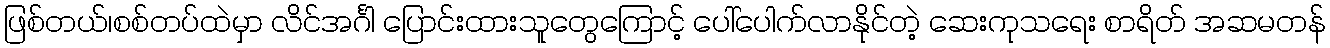
ဖြစ်တယ်၊စစ်တပ်ထဲမှာ လိင်အင်္ဂါ ပြောင်းထားသူတွေကြောင့် ပေါ်ပေါက်လာနိုင်တဲ့ ဆေးကုသရေး စာရိတ် အဆမတန်